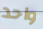
واحد